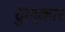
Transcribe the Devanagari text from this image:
दुल्कार